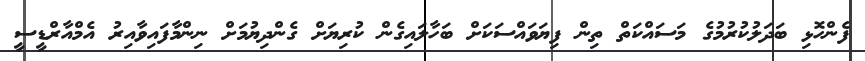
ފެންހޮޅި ބަދަލުކުރުމުގެ މަސައްކަތް ތިން ފިޔަވައްސަކަށް ބަހާލައިގެން ކުރިޔަށް ގެންދިޔުމަށް ނިންމާފައިވާއިރު އެމްއާރްޑީސީ